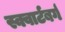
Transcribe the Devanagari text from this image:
स्क्वार्टबर्ग